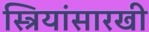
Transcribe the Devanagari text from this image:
स्त्रियांसारखी